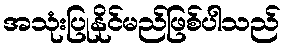
အသုံးပြုနိုင်မည်ဖြစ်ပါသည်